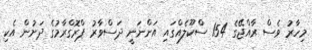
މިހާރު ވެސް ރާއްޖޭގެ 154 ސްކޫލެއްގައި އަންނަނީ ދަސްވާރު ޕްރޮގްރާމުގެ ދަށުން އެކި